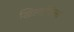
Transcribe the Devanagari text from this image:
खिलापिला